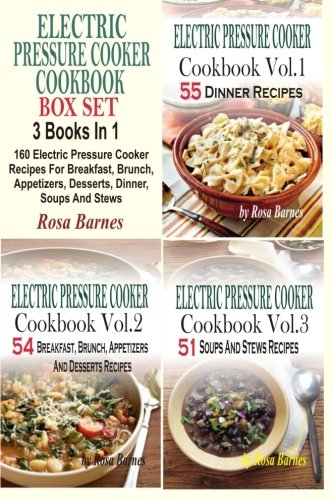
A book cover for Electric Pressure Cooker Cookbook Box Set: 160 Electric Pressure Cooker Recipes For Breakfast, Brunch, Appetizers, Desserts, Dinner, Soups And Stews; Rosa Barnes; Cookbooks, Food & Wine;